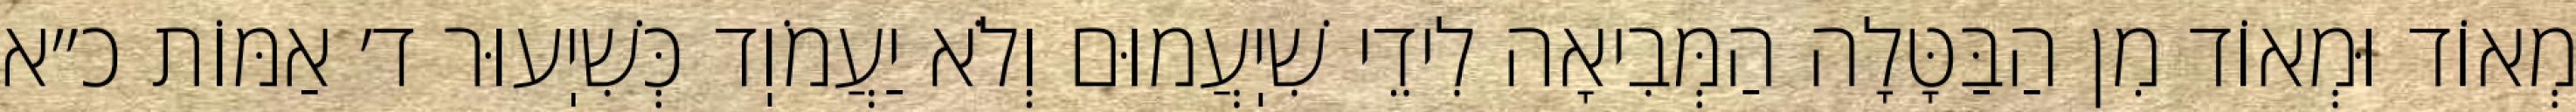
מְאוֹד וּמְאוֹד מִן הַבַּטָּלָה הַמְּבִיאָה לִידֵי שִׁיֽעֲמוּם וְלֹא יַעֲמֹוֽד כְּשִׁיֽעוּר ד׳ אַמּוֹת כ״א